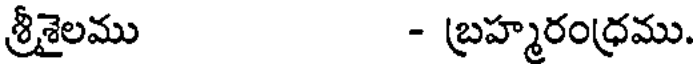
శ్రీశైలము - బ్రహ్మరంధ్రము.